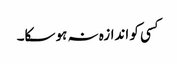
کسی کو اندازہ نہ ہو سکا۔